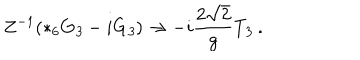
LaTeX: Z ^ { - 1 } ( * _ { 6 } G _ { \it 3 } - i G _ { \it 3 } ) \to - i \frac { 2 \sqrt { 2 } } { g } T _ { \it 3 } \ .